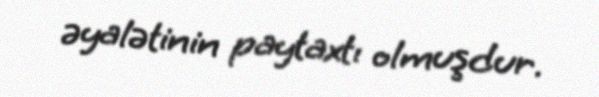
əyalətinin paytaxtı olmuşdur.